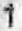
1